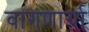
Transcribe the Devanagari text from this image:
वागणार्या